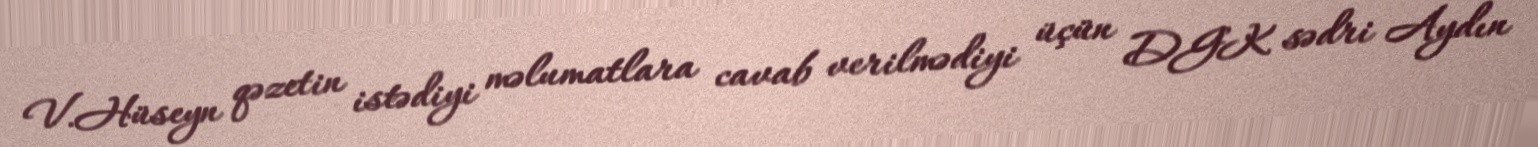
V.Hüseyn qəzetin istədiyi məlumatlara cavab verilmədiyi üçün DGK sədri Aydın